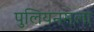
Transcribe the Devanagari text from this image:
पुलियनमला